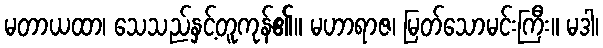
မတာယထာ၊ သေသည်နှင့်တူကုန်၏။ မဟာရာဇ၊ မြတ်သောမင်းကြီး။ မဒါ၊